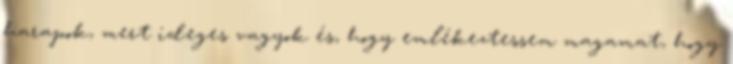
harapok, mert ideges vagyok és, hogy emlékeztessem magamat, hogy